Proceedings of the meeting of veterinary officers in India
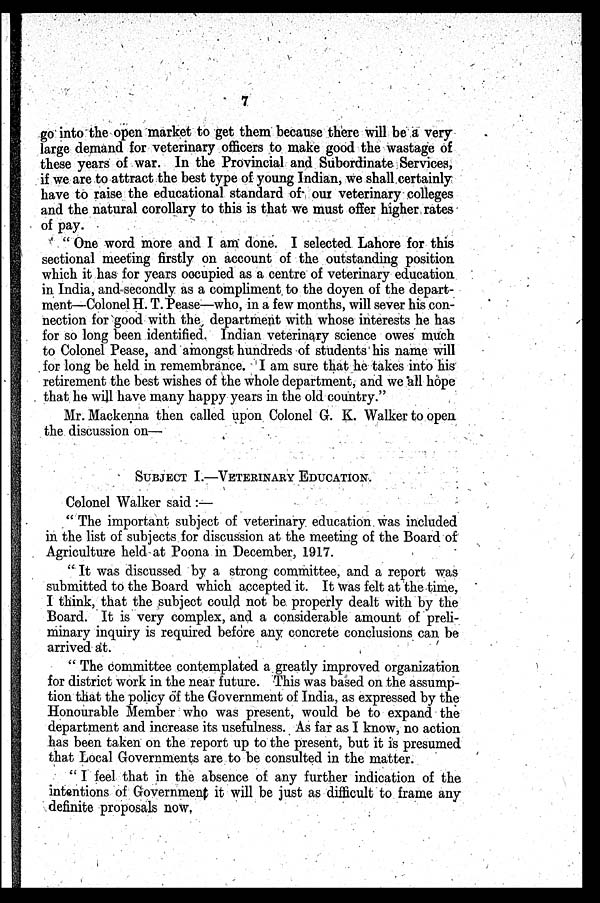
7
go into the open market to get them because there will be a very
large demand for veterinary officers to make good the wastage of
these years of war. In the Provincial and Subordinate Services,
if we are to attract the best type of young Indian, we shall certainly
have to raise the educational standard of our veterinary colleges
and the natural corollary to this is that we must offer higher rates
of pay.
" One word more and I am done. I selected Lahore for this
sectional meeting firstly on account of the outstanding position
which it has for years occupied as a centre of veterinary education
in India, and secondly as a compliment to the doyen of the depart-
ment—Colonel H. T. Pease—who, in a few months, will sever his con-
nection for good with the department with whose interests he has
for so long been identified. Indian veterinary science owes much
to Colonel Pease, and amongst hundreds of students his name will
for long be held in remembrance. I am sure that he takes into his
retirement the best wishes of the whole department, and we all hope
that he will have many happy years in the old country."
Mr. Mackenna then called upon Colonel G. K. Walker to open
the discussion on—
SUBJECT I.—VETERINARY EDUCATION.
Colonel Walker said :—
" The important subject of veterinary education was included
in the list of subjects for discussion at the meeting of the Board of
Agriculture held at Poona in December, 1917.
" It was discussed by a strong committee, and a report was
submitted to the Board which accepted it. It was felt at the time,
I think, that the subject could not be properly dealt with by the
Board. It is very complex, and a considerable amount of preli-
minary inquiry is required before any concrete conclusions can be
arrived at.
" The committee contemplated a greatly improved organization
for district work in the near future. This was based on the assump-
tion that the policy of the Government of India, as expressed by the
Honourable Member who was present, would be to expand the
department and increase its usefulness. As far as I know, no action
has been taken on the report up to the present, but it is presumed
that Local Governments are to be consulted in the matter.
" I feel that in the absence of any further indication of the
intentions of Government it will be just as difficult to frame any
definite proposals now.